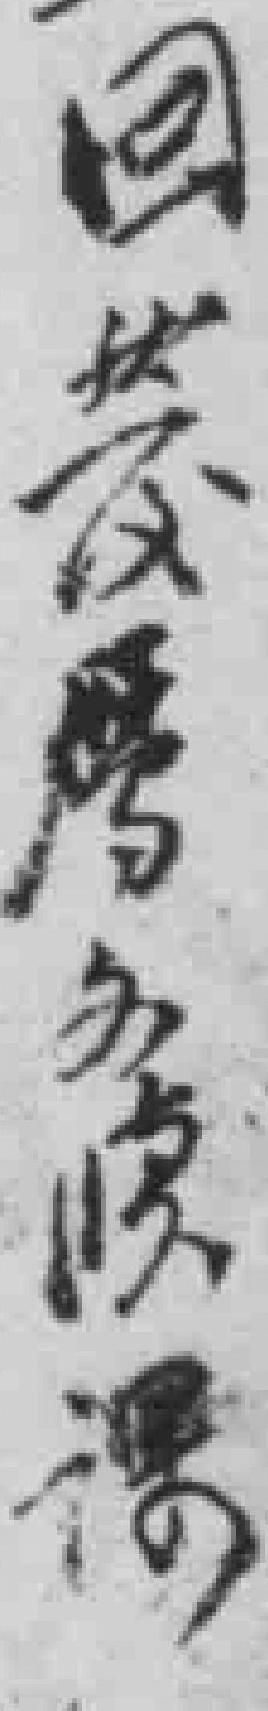
回*曆名*